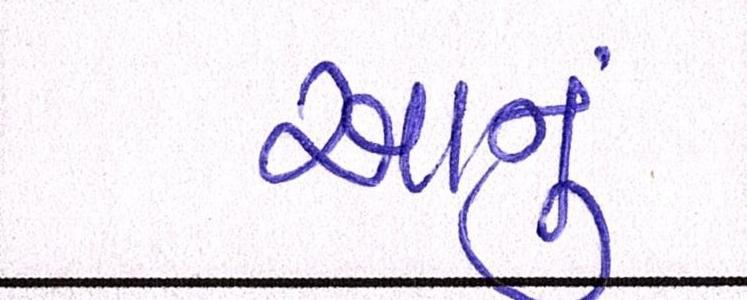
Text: આનું